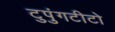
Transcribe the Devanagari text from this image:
टुपुंगटीटो